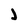
Character: j